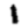
Digit: 1